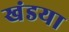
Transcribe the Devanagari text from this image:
खंडया